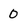
Character: 0